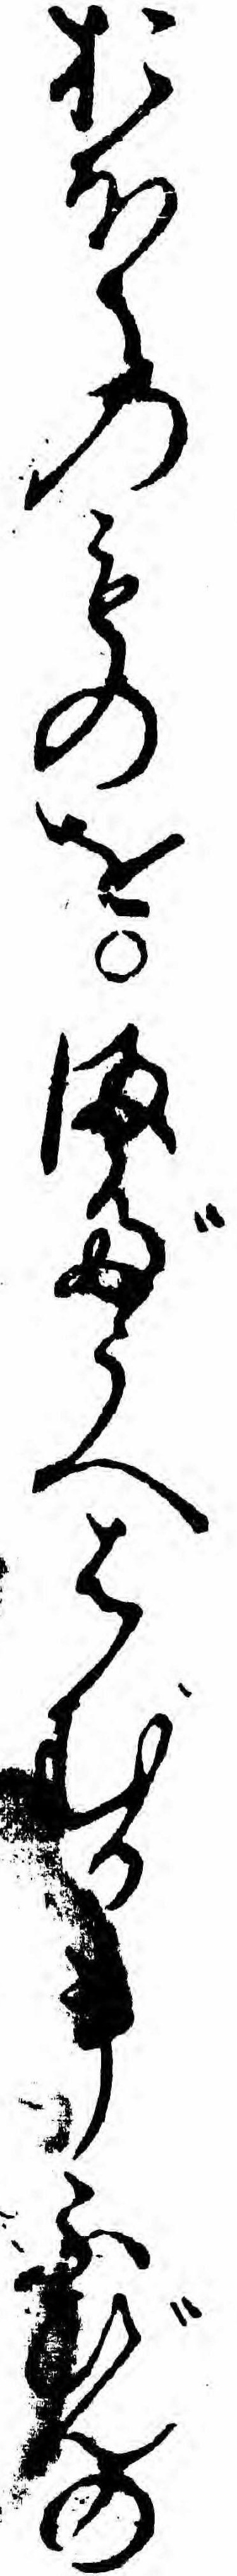
おほくのものをまだうへはむる事ふびんの